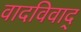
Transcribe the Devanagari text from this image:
वादविवाद्